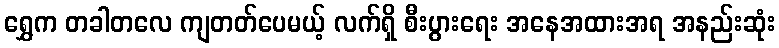
ရွှေက တခါတလေ ကျတတ်ပေမယ့် လက်ရှိ စီးပွားရေး အနေအထားအရ အနည်းဆုံး